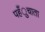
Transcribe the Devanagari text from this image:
पहँुचाता